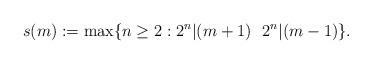
LaTeX: \begin{align*}s(m):=\max\{n\geq 2: 2^n| (m+1) \ \ 2^n| (m-1)\}.\end{align*}